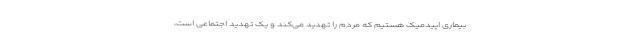
بیماری اپیدمیک هستیم که مردم را تهدید می‌کند و یک تهدید اجتماعی است،